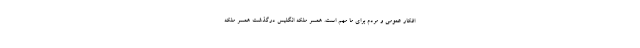
افکار عمومی و مردم برای ما مهم است. همسر ملکه انگلیس درگذشت همسر ملکه